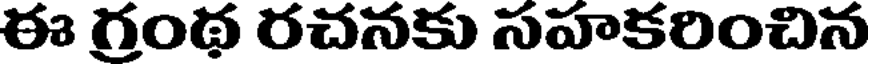
ఈ గ్రంథ రచనకు సహకరించిన